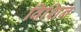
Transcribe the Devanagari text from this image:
विशिन